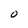
Character: 0